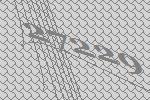
27229